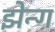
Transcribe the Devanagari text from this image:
झेन्ग